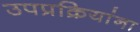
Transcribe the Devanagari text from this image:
उपप्रक्रियांना